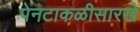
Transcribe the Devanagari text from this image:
पेनटाकळीसारखे